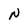
Character: N